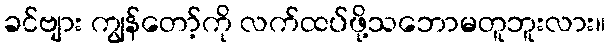
ခင်ဗျား ကျွန်တော့်ကို လက်ထပ်ဖို့သဘောမတူဘူးလား။